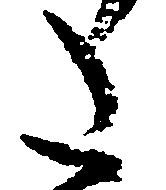
た